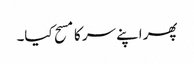
پھر اپنے سر کا مسح کیا۔